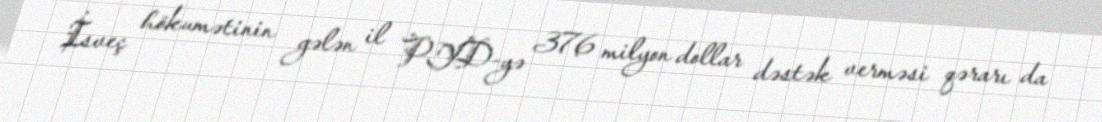
İsveç hökumətinin gələn il PYD-yə 376 milyon dollar dəstək verməsi qərarı da